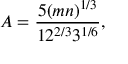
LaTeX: A = { \frac { 5 ( m n ) ^ { 1 / 3 } } { 1 2 ^ { 2 / 3 } 3 ^ { 1 / 6 } } } , \quad